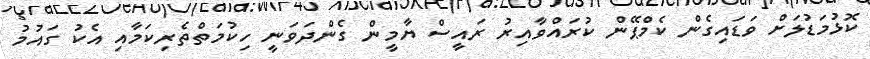
ކޮޅުމަޑުލަށް ވަޑައިގެން ކެމްޕޭން ކުރައްވާއިރު ރައީސް ޔާމީން ގެންދަވަނީ ހިކުމަތްތެރިކަމާއި އެކު ގައުމު